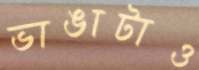
ভাঙাটাও